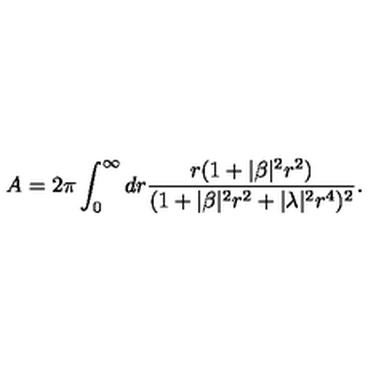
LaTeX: A = 2 \pi \int _ { 0 } ^ { \infty } d r \frac { r ( 1 + | \beta | ^ { 2 } r ^ { 2 } ) } { ( 1 + | \beta | ^ { 2 } r ^ { 2 } + | \lambda | ^ { 2 } r ^ { 4 } ) ^ { 2 } } .